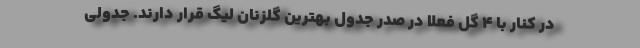
در کنار با 4 گل فعلاً در صدر جدول بهترین گلزنان لیگ قرار دارند. جدولی